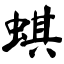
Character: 蜞